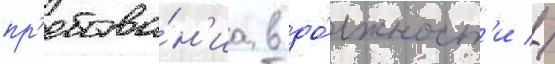
пр'ебыва́н'иа в до́лжност'и //